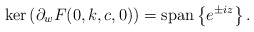
\begin{align*}{\rm ker}\left(\partial_wF(0,k,c,0)\right)={\rm span}\left\{e^{\pm iz}\right\}.\end{align*}